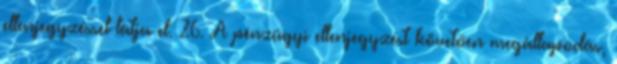
ellenjegyzéssel látja el. 26. A pénzügyi ellenjegyzést követően megállapodás,